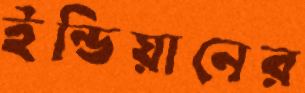
ইন্ডিয়ানের